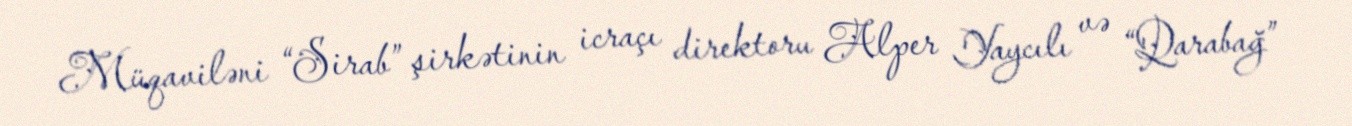
Müqaviləni “Sirab” şirkətinin icraçı direktoru Alper Yaycılı və “Qarabağ”